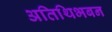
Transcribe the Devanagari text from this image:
अतिथिभबन